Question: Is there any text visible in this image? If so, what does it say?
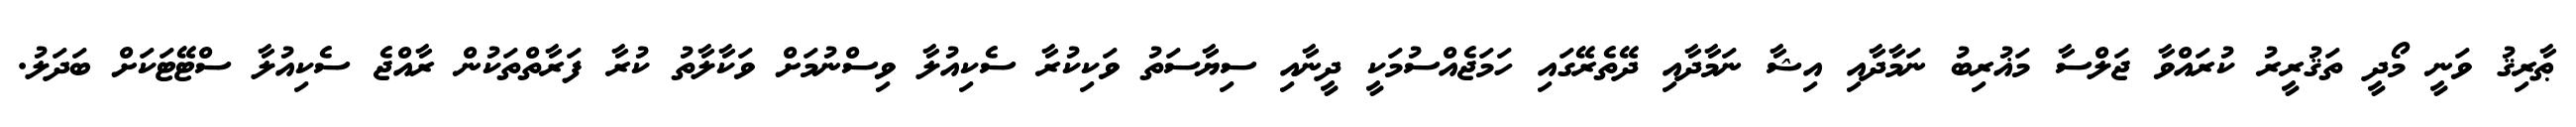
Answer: ޠާރިޤު ވަނީ މޯދީ ތަޤުރީރު ކުރައްވާ ޖަލްސާ މަޣުރިބު ނަމާދާއި އިޝާ ނަމާދާއި ދޭތެރޭގައި ހަމަޖެއްސުމަކީ ދީނާއި ސިޔާސަތު ވަކިކުރާ ސެކިއުލާ ވިސްނުމަށް ވަކާލާތު ކުރާ ފަރާތްތަކުން ރާއްޖެ ސެކިއުލާ ސްޓޭޓަކަށް ބަދަލު.